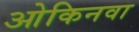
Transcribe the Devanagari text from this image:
ओकिनवा